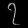
Digit: ၇